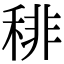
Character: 𥟍